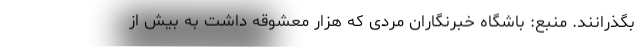
بگذرانند. منبع: باشگاه خبرنگاران مردی که هزار معشوقه داشت به بیش از